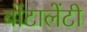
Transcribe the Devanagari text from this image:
बोंटालेंटी